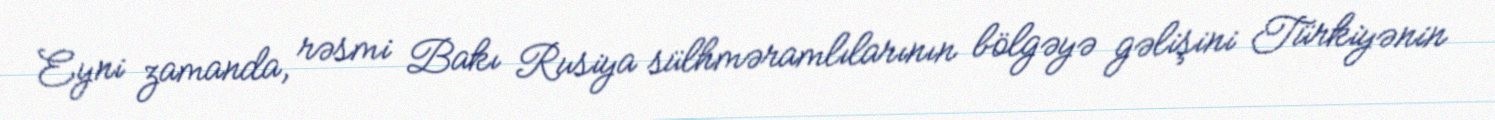
Eyni zamanda, rəsmi Bakı Rusiya sülhməramlılarının bölgəyə gəlişini Türkiyənin